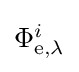
{\textstyle \Phi _{\mathrm {e} ,\lambda }^{i}}